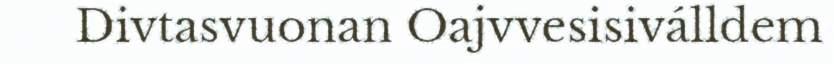
Divtasvuonan Oajvvesisiválldem